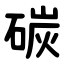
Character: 碳